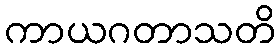
ကာယဂတာသတိ